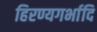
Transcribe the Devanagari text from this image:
हिरण्यगर्भादि